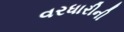
વરધારીની